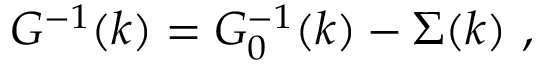
G ^ { - 1 } ( k ) = G _ { 0 } ^ { - 1 } ( k ) - \Sigma ( k ) \ ,